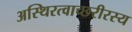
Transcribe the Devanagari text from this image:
अस्थिरत्वाच्छरीरस्य